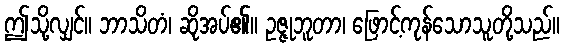
ဤသို့လျှင်။ ဘာသိတံ၊ ဆိုအပ်၏။ ဥဇ္ဇုဘူတာ၊ ဖြောင့်ကုန်သောသူတို့သည်။